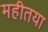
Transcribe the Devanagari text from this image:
महीतया